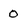
Character: 0